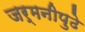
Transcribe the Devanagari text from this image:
जर्मनीपुढे